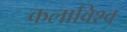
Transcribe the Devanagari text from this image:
कलाविश्व